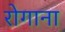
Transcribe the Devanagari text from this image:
रोगाना